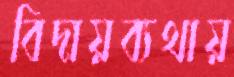
বিদায়ব্যথায়